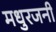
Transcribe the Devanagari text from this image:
मधुरजनी